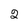
Character: 2